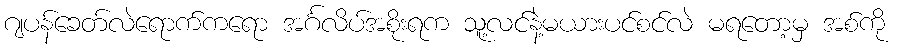
ဂျပန်ခေတ်လဲရောက်ကရော အင်္ဂလိပ်အစိုးရက သူ့လင်နဲ့မယားပင်စင်လဲ မရတော့မှ အစ်ကို